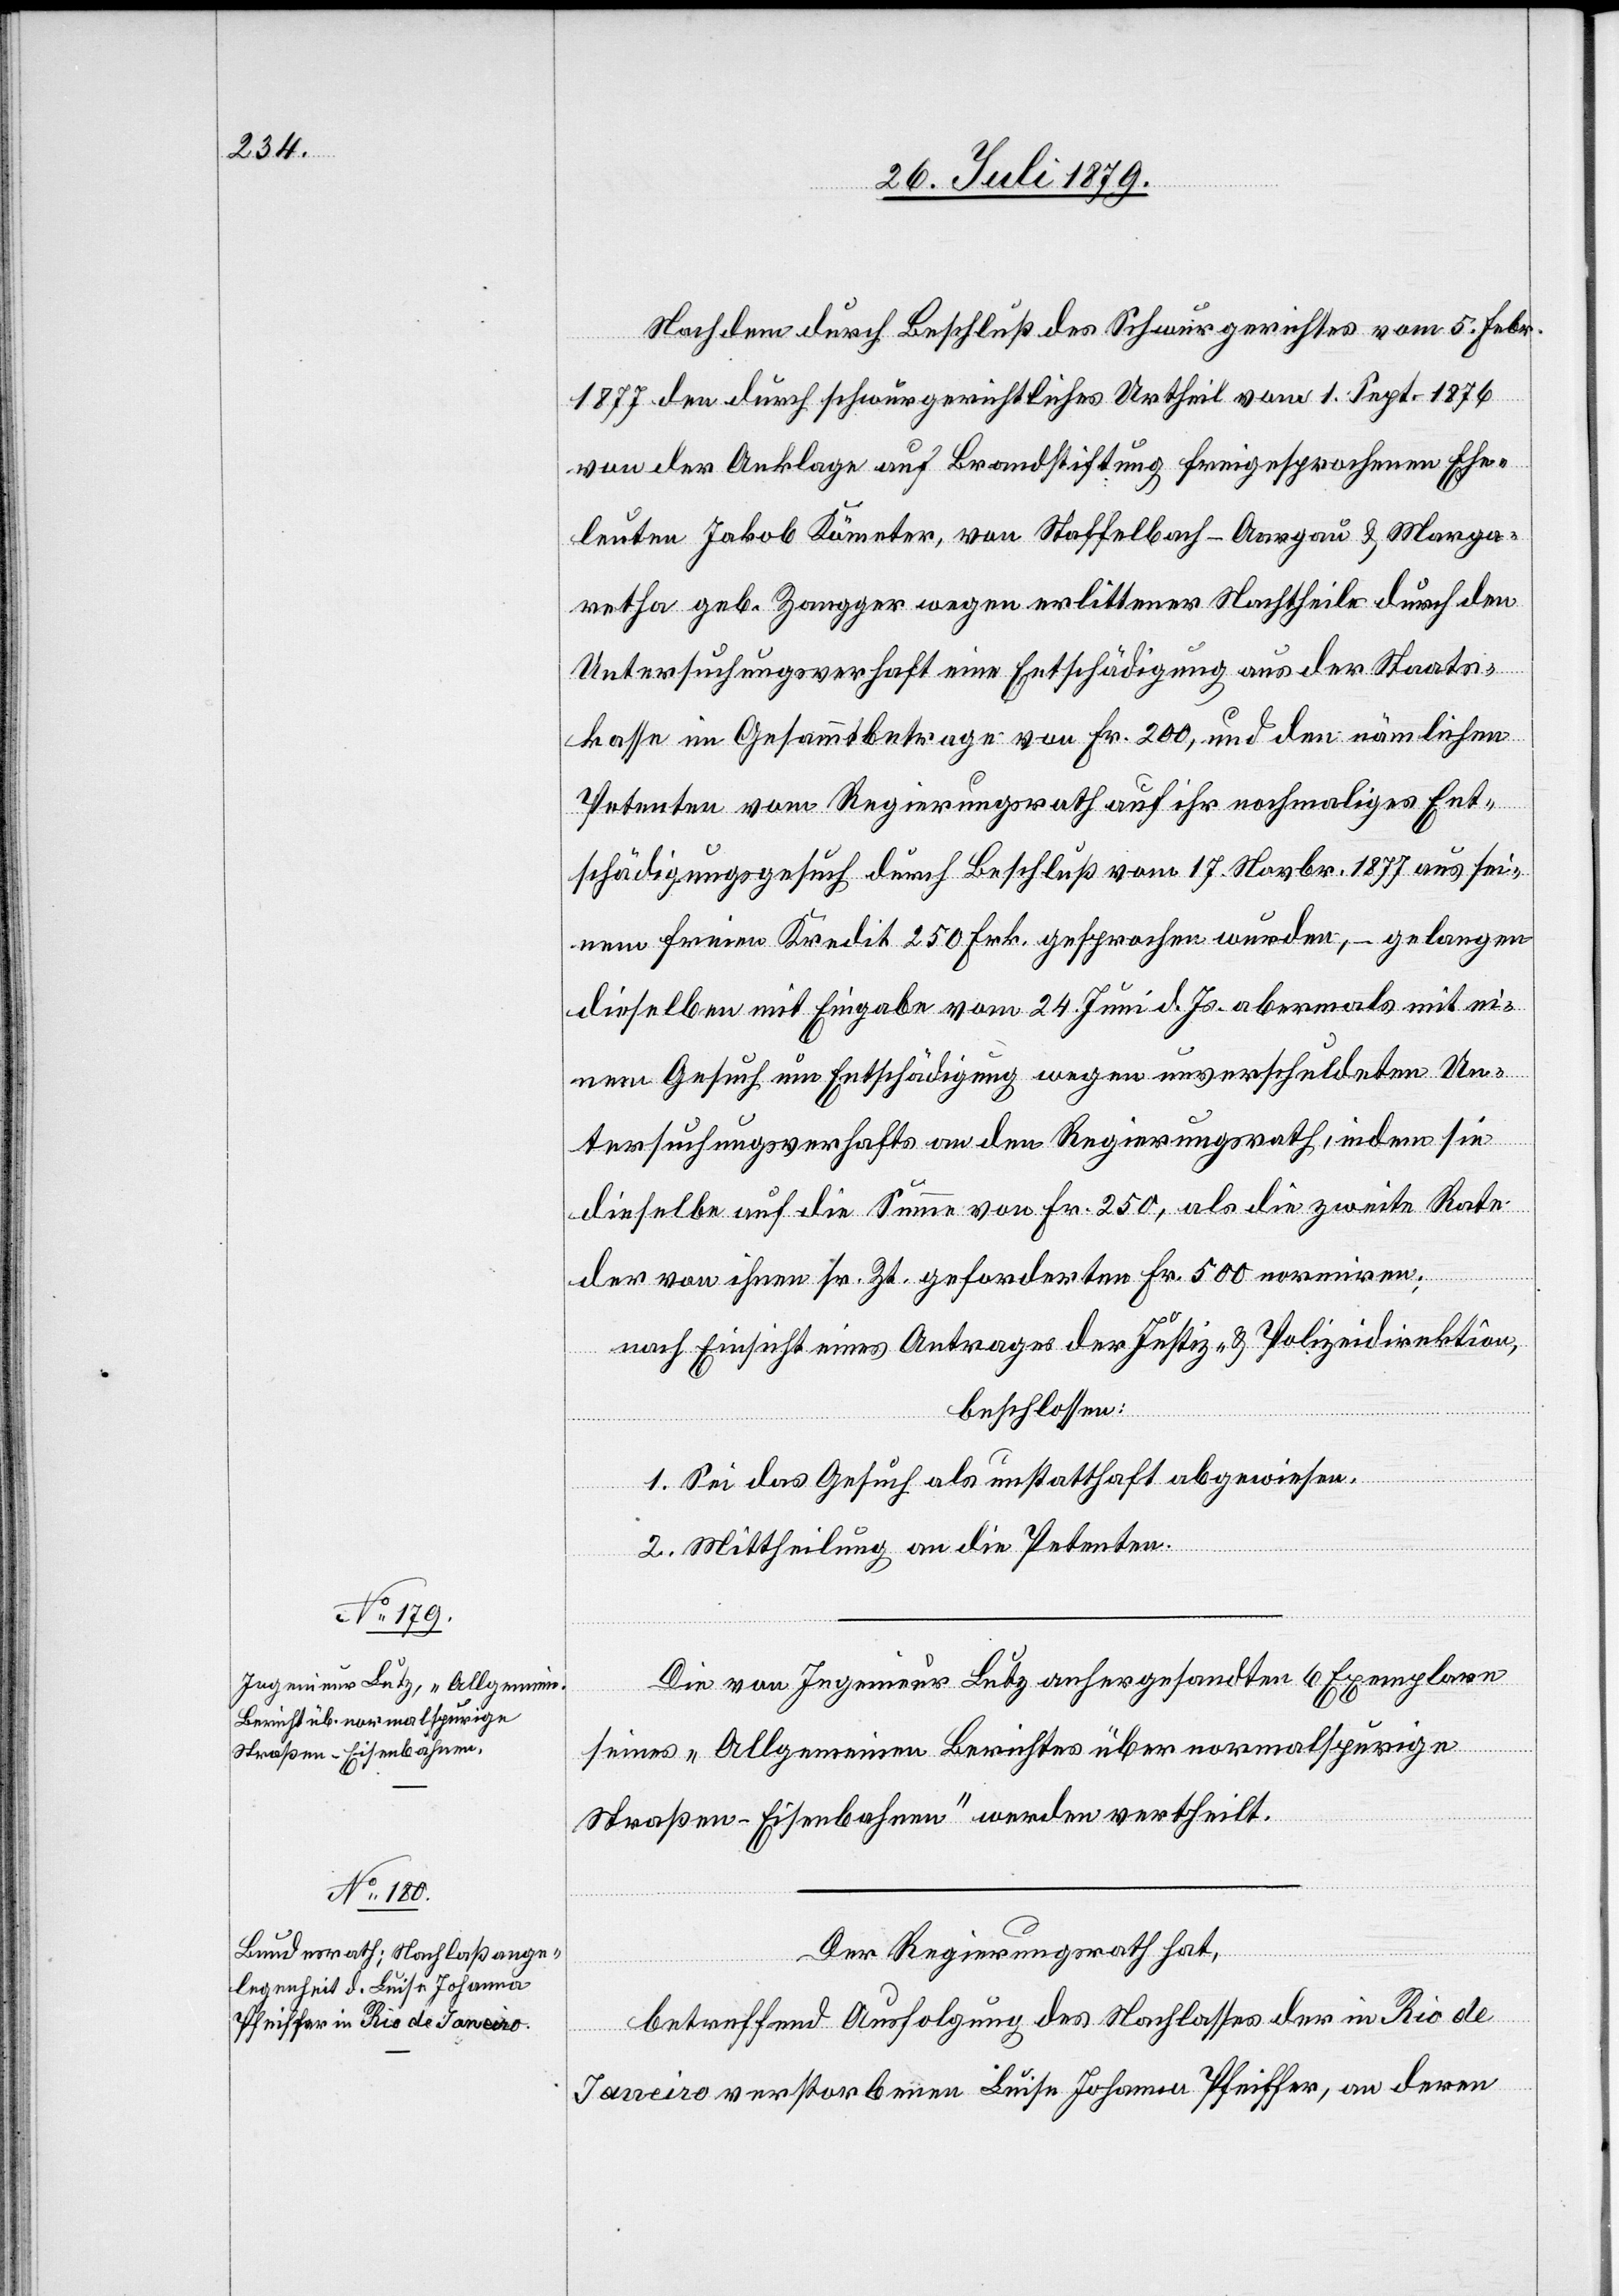
Nachdem durch Beschluß des Schwurgerichtes vom 5. Febr.
1877 den durch schwurgerichtliches Urtheil vom 1. Sept. 1876
von der Anklage auf Brandstiftung freigesprochenen Ehe¬
leuten Jakob Kömter, von Staffelbach - Aargau & Marga¬
retha geb. Zangger wegen erlittener Nachtheile durch den
Untersuchungsverhaft eine Entschädigung aus der Staats¬
kasse im Gesammtbetrage von Fr. 200, und den nämlichen
Petenten vom Regierungsrath auf ihr nochmaliges Ent¬
schädigungsgesuch durch Beschluß vom 17. Novbr. 1877 aus sei¬
nem freien Kredit 250 Frk. gesprochen wurden, – gelangen
dieselben mit Eingabe vom 24. Juni d. Js. abermals mit ei¬
nem Gesuch um Entschädigung wegen unverschuldeten Un¬
tersuchungsverhafts an den Regierungsrath, indem sie
dieselbe auf die Summe von Fr. 250, als die zweite Rate
der von ihnen sr. Zt. geforderten Fr. 500 normiren;
nach Einsicht eines Antrages der Justiz- & Polizeidirektion,
beschlossen:
1. Sei das Gesuch als unstatthaft abgewiesen.
2. Mittheilung an die Petenten.
Die von Ingenieur Lutz anhergesandten 6 Exemplare
seines „Allgemeinen Berichtes über normalspurige
Straßen-Eisenbahnen“ werden vertheilt.
Der Regierungsrath hat,
betreffend Ausfolgung des Nachlasses der in Rio de
Janeiro verstorbenen Luise Johanna Pfeiffer, an deren